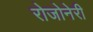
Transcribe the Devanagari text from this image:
रोजोनेरी